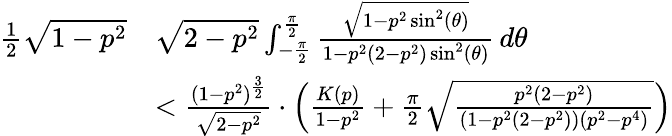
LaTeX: \begin{array}{rl}{\frac{1}{2}\sqrt{1-p^{2}}}&{\sqrt{2-p^{2}}\int_{-\frac{\pi}{2}}^{\frac{\pi}{2}}\frac{\sqrt{1-p^{2}\sin^{2}(\theta)}}{1-p^{2}(2-p^{2})\sin^{2}(\theta)}\, d\theta}\\ &{<\frac{(1-p^{2})^{\frac{3}{2}}}{\sqrt{2-p^{2}}}\cdot\Big(\frac{K(p)}{1-p^{2}}+\frac{\pi}{2}\sqrt{\frac{p^{2}(2-p^{2})}{(1-p^{2}(2-p^{2}))(p^{2}-p^{4})}}\Big)}\end{array}